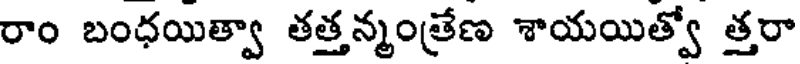
రాం బంధయిత్వా తత్తన్మంత్రేణ శాయయిత్వో త్తరా